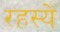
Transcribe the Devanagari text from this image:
रहस्यें